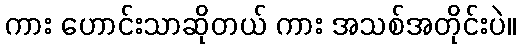
ကား ဟောင်းသာဆိုတယ် ကား အသစ်အတိုင်းပဲ။